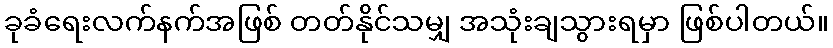
ခုခံရေးလက်နက်အဖြစ် တတ်နိုင်သမျှ အသုံးချသွားရမှာ ဖြစ်ပါတယ်။